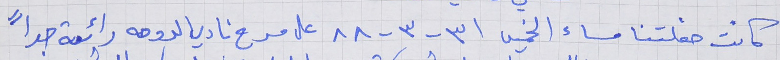
كانت حفلتنا مساء الخميس ٣١ - ٣ - ٨٨ على مسرح نادي الدوحه رائعة جداً